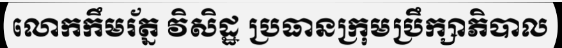
លោកកឹមរ័ត្ន វិសិដ្ឋ ប្រធានក្រុមប្រឹក្សាភិបាល